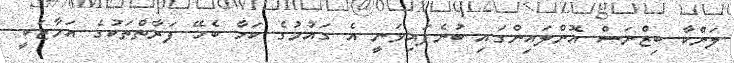
ލަންކާ ބިޒްނަސް އޮންލައިންގައި ބުނެފައިވަނީ އެ ގައުމުގެ ކަމާ ބެހޭ ފަރާތްތަކުގެ އަމާޒަކީ